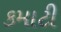
કમાટી